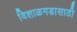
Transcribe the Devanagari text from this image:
विशाळगडासाठी